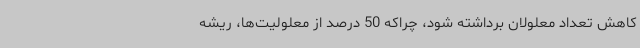
کاهش تعداد معلولان برداشته شود، چراکه 50 درصد از معلولیت‌ها، ریشه